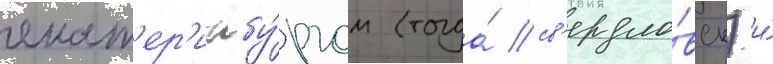
екат'ер'инбу́ргом (тогда́ св'ердло́вск) и́